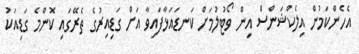
އެހެންކަމުން އިލެކްޝަންސް އިން ވޯޓުލުމަށް ކަނޑައަޅާފައިވާ އަށް ގަޑިއިރުގެ ތެރޭގައި ކޮންމެ ގަޑިއަކު